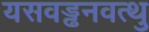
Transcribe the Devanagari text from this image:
यसवड्ढनवत्थु